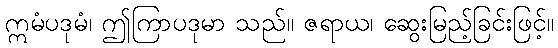
ဣမံပဒုမံ၊ ဤကြာပဒုမာ သည်။ ဇရာယ၊ ဆွေးမြည့်ခြင်းဖြင့်။